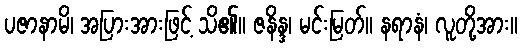
ပဇာနာမိ၊ အပြားအားဖြင့် သိ၏။ ဇနိန္ဒ၊ မင်းမြတ်။ နရာနံ၊ လူတို့အား။